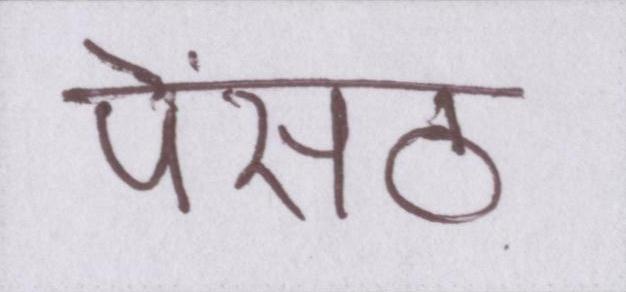
पेंसठ